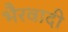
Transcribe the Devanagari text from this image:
भैरवादी